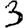
Digit: 3